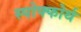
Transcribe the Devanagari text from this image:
स्पोफ्फोर्थ